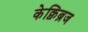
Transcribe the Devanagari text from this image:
केक्विब्रज